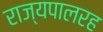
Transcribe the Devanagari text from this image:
राज्यपालरह